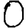
Digit: 0